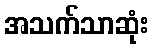
အသက်သာဆုံး